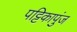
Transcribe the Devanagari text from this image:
पट्टिकापुंज